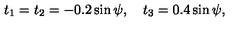
t _ { 1 } = t _ { 2 } = - 0 . 2 \sin \psi , \quad t _ { 3 } = 0 . 4 \sin \psi ,